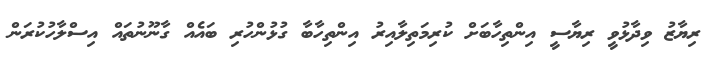
ރިޔާޒު ވިދާޅުވީ ރިޔާސީ އިންތިހާބަށް ކުރިމަތިލާއިރު އިންތިހާބާ ގުޅުންހުރި ބައެއް ގާނޫނުތައް އިސްލާހުކުރަން